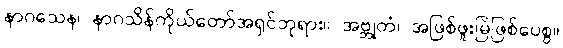
နာဂသေန၊ နာဂသိန်ကိုယ်တော်အရှင်ဘုရား။ အဗ္ဘုတံ၊ အဖြစ်ဖူးမြဲဖြစ်ပေစွ။